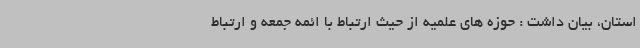
استان، بیان داشت : حوزه های علمیه از حیث ارتباط با ائمه جمعه و ارتباط